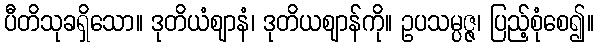
ပီတိသုခရှိသော။ ဒုတိယံဈာနံ၊ ဒုတိယဈာန်ကို။ ဥပသမ္ပဇ္ဇ၊ ပြည့်စုံစေ၍။